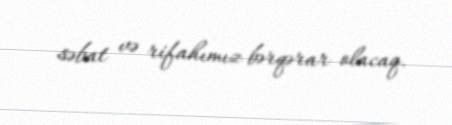
səbat və rifahımız bərqərar olacaq.